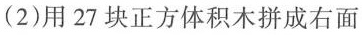
(2)用27块正方体积木拼成右面